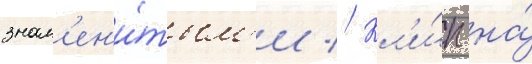
знам'ен'и́тым'и // Кл'и́п на́